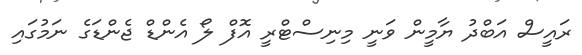
ރައީސް އަބްދު ޔާމީން ވަނީ މިނިސްޓްރީ އޮފް ލޯ އެންޑް ޖެންޑަގެ ނަމުގައި